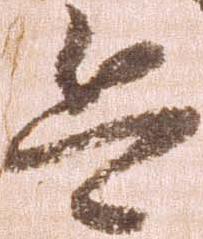
兵